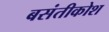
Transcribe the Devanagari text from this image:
बसंतीकोश